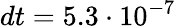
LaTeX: dt=5.3\cdot 10^{-7}